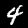
Label: 4